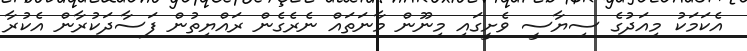
އެކަމަކު މިއަދުގެ ސިޔާސީ ވެށީގައި މިނޫން މާނަތައް ނެރެގެން ރައްޔިތުން ފަސާދަކުރާން އެކުރާ